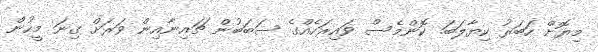
މިޔޮށް ހަބަރު ކިޔާލަބަ. ކޮންމެސް ވައިރަހެއްގެ ސަބަބުން ޗައިނާއިން ވަރަށް ގިނަ މީހުން